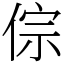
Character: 倧